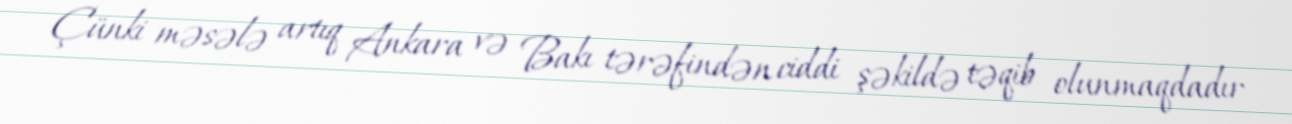
Çünki məsələ artıq Ankara və Bakı tərəfindən ciddi şəkildə təqib olunmaqdadır